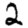
Digit: 2